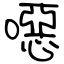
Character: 噁